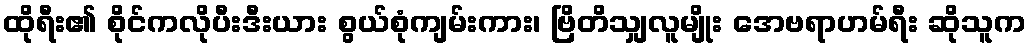
ထိုရီး၏ စိုင်ကလိုပီးဒီးယား စွယ်စုံကျမ်းကား၊ ဗြိတိသျှလူမျိုး အေဗရာဟမ်ရီး ဆိုသူက